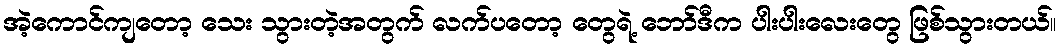
အဲ့ကောင်ကျတော့ သေး သွားတဲ့အတွက် လက်ပတော့ တွေရဲ့ ဘော်ဒီက ပါးပါးလေးတွေ ဖြစ်သွားတယ်။